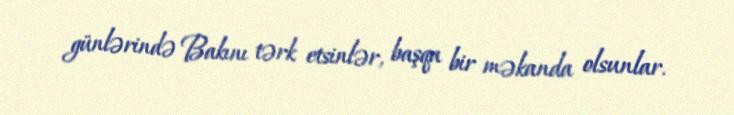
günlərində Bakını tərk etsinlər, başqa bir məkanda olsunlar.